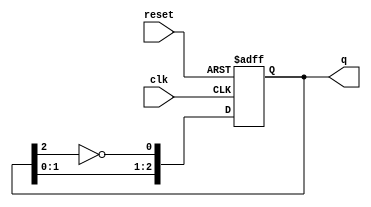
module RingJohnsonCounter #(
    parameter n = 3  // Parameter to define the size of the counter (number of bits)
)(
    input wire clk,       // Clock input
    input wire reset,     // Asynchronous reset input
    output reg [n-1:0] q  // Output state of the counter
);

    // Internal signal for the feedback
    wire feedback;

    // Logic for the feedback signal (inverted output of the last flip-flop)
    assign feedback = ~q[n-1];

    // Sequential logic for the counter
    always @(posedge clk or posedge reset) begin
        if (reset) begin
            // Asynchronous reset: set counter to zero
            q <= {n{1'b0}};  // Set all bits to 0
        end else begin
            // Shift the counter with feedback
            q <= {q[n-2:0], feedback};  // Shift left and introduce feedback
        end
    end

endmodule